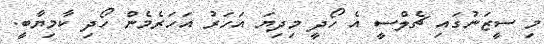
މި ސީޒަނުގައި ޗެލްސީ އެ ހޯދީ މިދިޔަ އަހަރު އަހަރެމެން ހޯދި ކާމިޔާބީ.